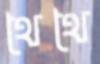
থৈথৈ